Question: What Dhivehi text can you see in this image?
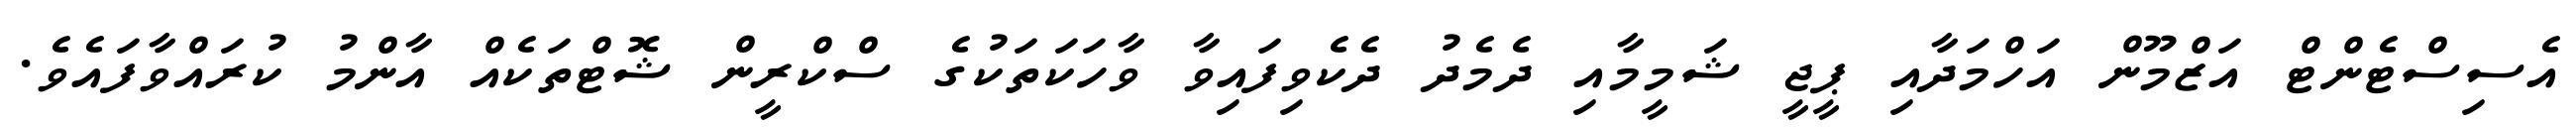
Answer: އެސިސްޓެންޓް އަޒްމޫން އަހްމަދާއި ޕީޖީ ޝަމީމާއި ދެމެދު ދެކެވިފައިވާ ވާހަކަތަކުގެ ސްކްރީން ޝޮޓްތަކެއް އާންމު ކުރައްވާފައެވެ.